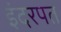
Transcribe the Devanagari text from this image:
इंदरपत